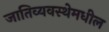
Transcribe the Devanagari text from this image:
जातिव्यवस्थेमधील